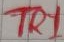
Text: TRI